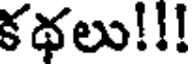
కథలు!!!